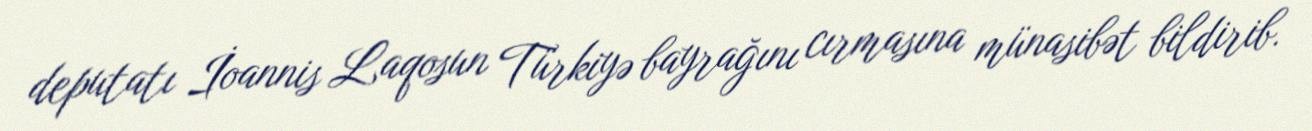
deputatı İoannis Laqosun Türkiyə bayrağını cırmasına münasibət bildirib.